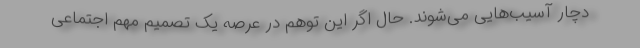
دچار آسیب‌هایی می‌شوند. حال اگر این توهم در عرصه یک تصمیم مهم اجتماعی